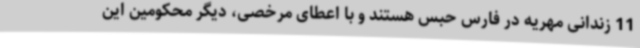
11 زندانی مهریه در فارس حبس هستند و با اعطای مرخصی، دیگر محکومین این